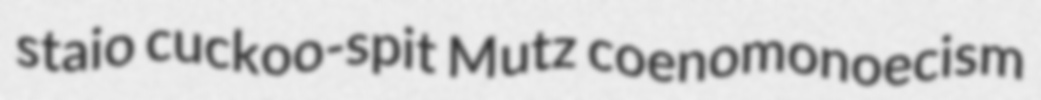
staio cuckoo-spit Mutz coenomonoecism